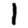
Digit: 1